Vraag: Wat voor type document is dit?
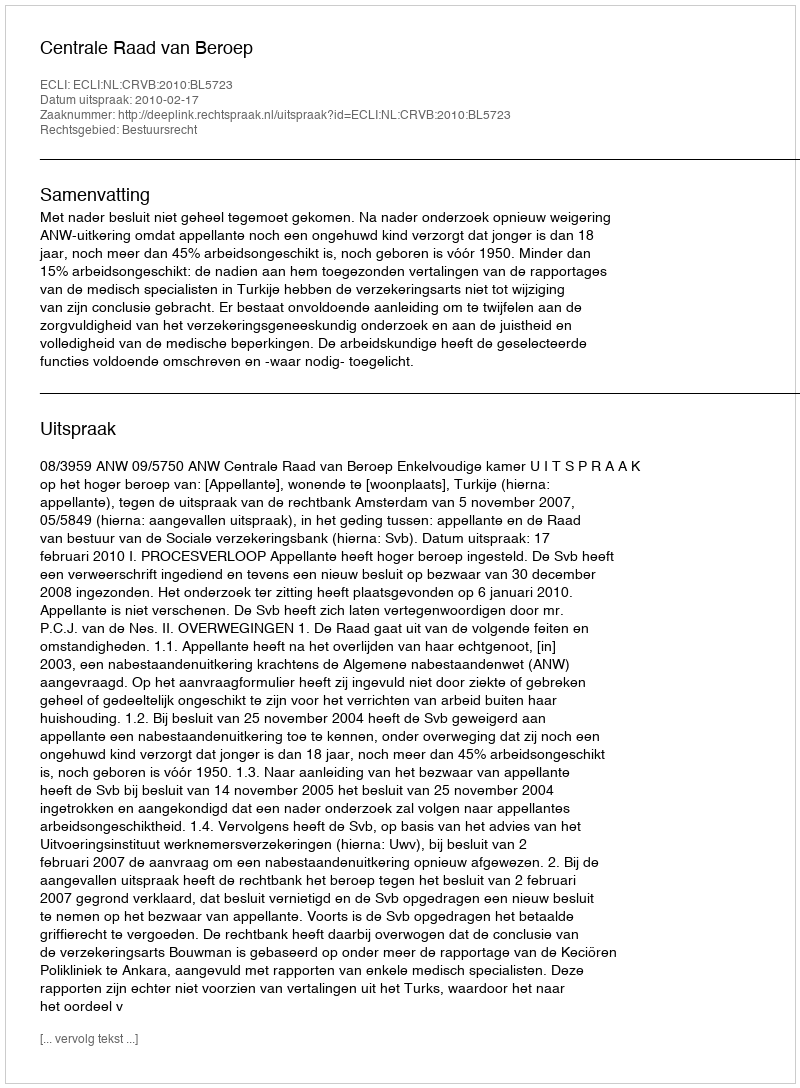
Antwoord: Uitspraak